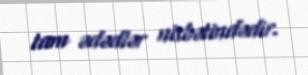
tam ədədlər nisbətindədir.